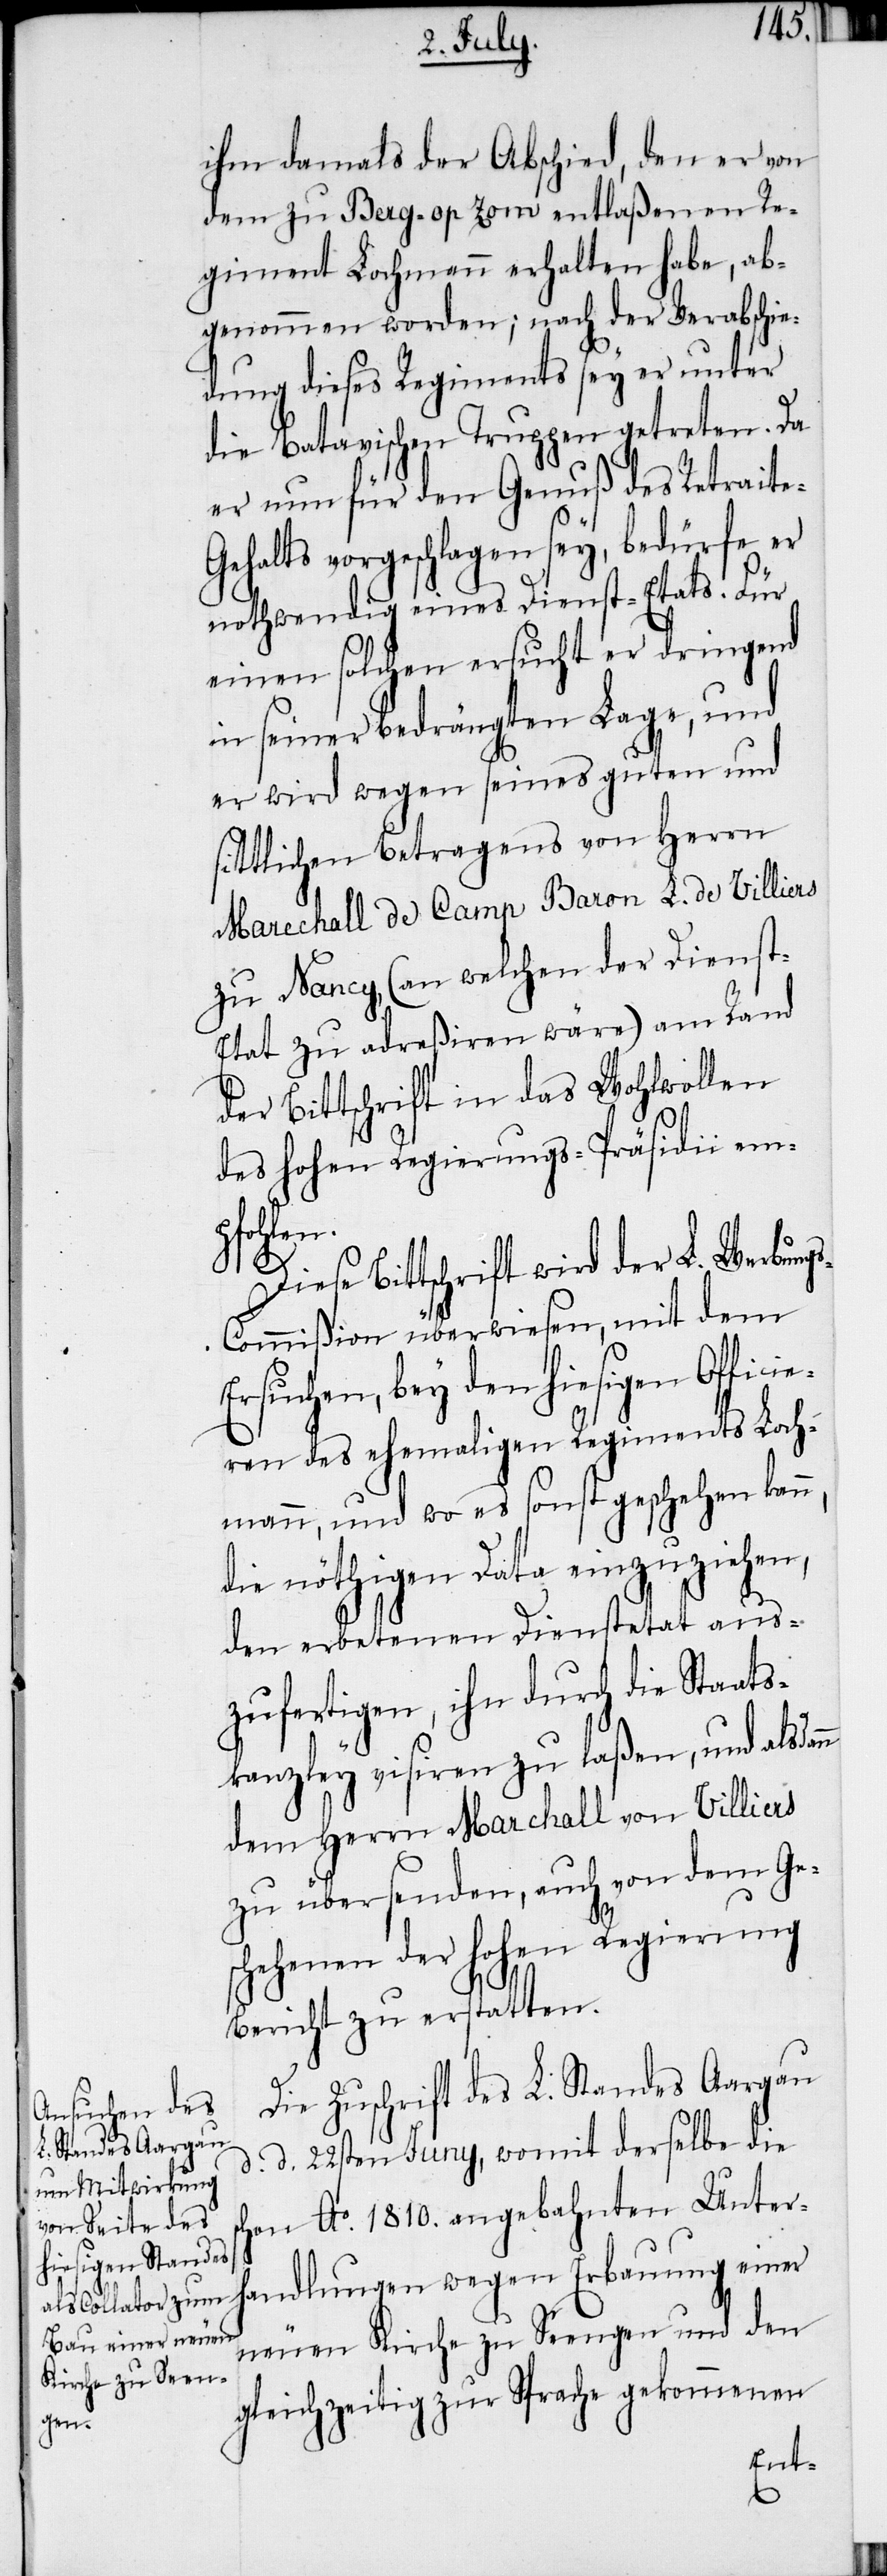
ann

ihm damals der Abschied, den er von
dem zu Berg. op zom entlaßenen Re¬
giment Lochmann erhalten habe, ab¬
genommen worden; nach der Verabschie¬
dung dieses Regiments sey er unter
die Batavischen Truppen getreten. Da
er nun für den Genuß des Retraite-G¬
ehalts vorgeschlagen sey, bedürfe er
nothwendig eines Dienst-Etats. Für
einen solchen ersucht er dringend
in seiner bedrängten Lage, und
er wird wegen seines guten und
sittlichen Betragens von Herrn
Marechall de Camp Baron L. de Villiers
zu Nancy, (an welchen der Diens¬
t-Etat zu adreßiren wäre) am Rand
der Bittschrift in das Wohlwollen
des hohen Regierungs-Präsidii em¬
sch¬
Diese Bittschrift wird der L. Werbung¬
s-Commißion überwiesen, mit dem
Ersuchen, bey den hiesigen Officie¬
ren des ehemaligen Regiments Loch¬
mann, und wo es sonst geschehen kann,
die nöthigen Data einzuziehen,
den erbetenen Dienstetat aus¬
zufertigen, ihn durch die Staats¬
kanzley visiren zu laßen, und alsd¬
dem Herrn Marchall von Villiers
zu übersenden, auch von dem Ges¬
chehenen der hohen Regierung
Bericht zu erstatten.
Die Zuschrift des L. Standes Aargau
d. d. 22sten Juny, womit derselbe die
on Ao. 1810. angebahnten Unter¬
handlungen wegen Erbauung einer
neuen Kirche zu Seengen und den
gleichzeitig zur Sprache gekommenen